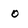
Character: 0